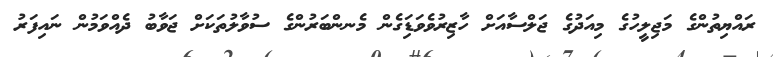
ރައްޔިތުންގެ މަޖިލީހުގެ މިއަދުގެ ޖަލްސާއަށް ހާޒިރުވެވަޑަިގެން މެނންބަރުންގެ ސުވާލުތަކަށް ޖަވާބު ދެއްވަމުން ނައިފަރު